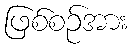
ဖြစ်စဉ်အား